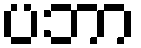
ပဘာ